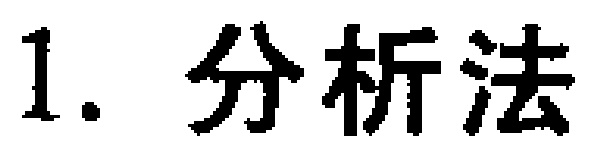
1. 分析法